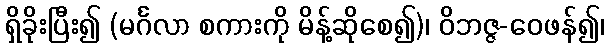
ရှိခိုးပြီး၍ (မင်္ဂလာ စကားကို မိန့်ဆိုစေ၍)၊ ဝိဘဇ္ဇ-ဝေဖန်၍၊